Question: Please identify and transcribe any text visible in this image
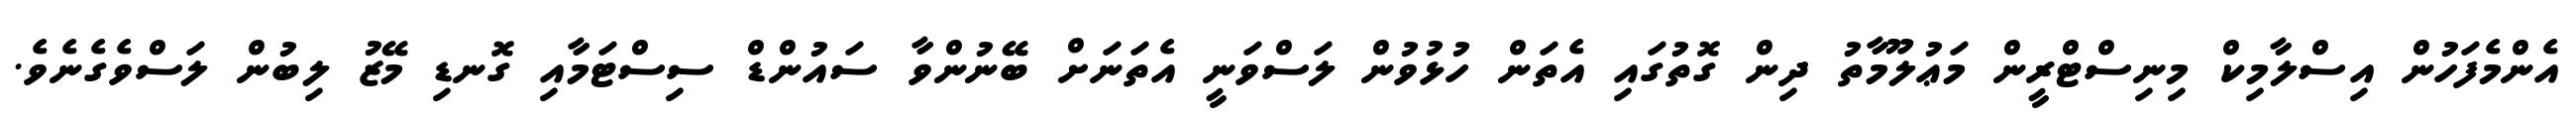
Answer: އެންމެފަހުން އިސްލާމިކް މިނިސްޓްރީން މަޢުލޫމާތު ދިން ގޮތުގައި އެތަން ހުޅުވުން ލަސްވަނީ އެތަނަށް ބޭނުންވާ ސައުންޑް ސިސްޓަމާއި ގޮނޑި މޭޒު ލިބުން ލަސްވެގެނެވެ.